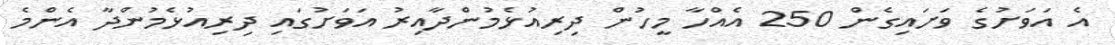
އެ އަވަށުގެ ވަށައިގެން 250 އެއްހާ މީހުން ދިރިއުޅެމުންދާއިރު އަވަށުގައި ދިރިއުޅެމުންދާ އެންމެ